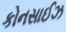
કોનસાઈઝ